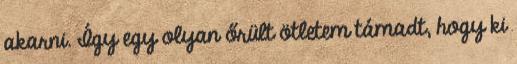
akarni. Így egy olyan őrült ötletem támadt, hogy ki